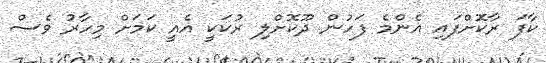
ކާފަ ރާކޮށްފައި އެންމެ ފަހުން ދޫކޮށްލި ރުކަކީ އެއީ ކަމަށް މިހާރު ވެސް